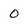
Character: 0